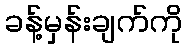
ခန့်မှန်းချက်ကို